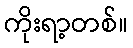
ကိုးရာ့တစ်။